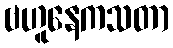
ဗဟူနေကသတာ